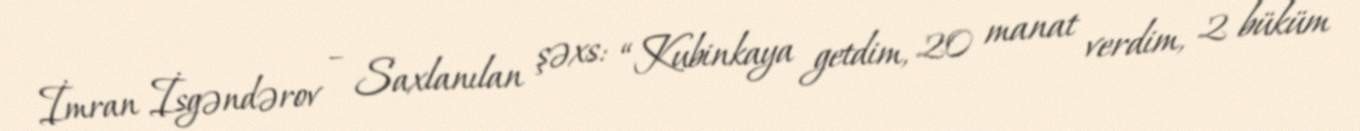
İmran İsgəndərov – Saxlanılan şəxs: “Kubinkaya getdim, 20 manat verdim, 2 büküm